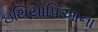
ઇથિયોપિઆના